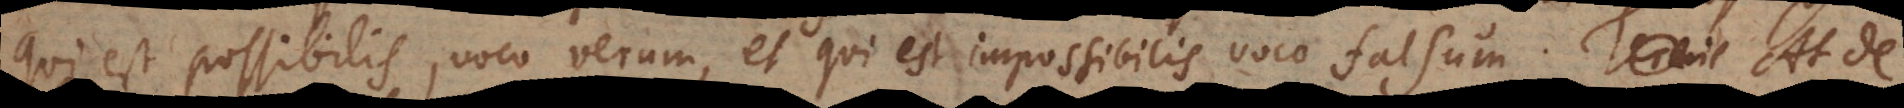
qui est possibilis, voco verum, et qui est impossibilis, voco falsum. At de